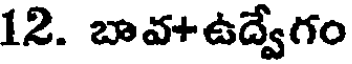
12. బావ+ఉద్వేగం